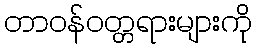
တာဝန်ဝတ္တရားများကို